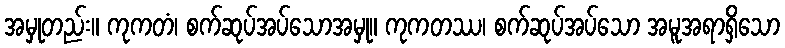
အမှုတည်း။ ကုကတံ၊ စက်ဆုပ်အပ်သောအမှု။ ကုကတဿ၊ စက်ဆုပ်အပ်သော အမူအရာရှိသော